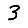
Digit: 3